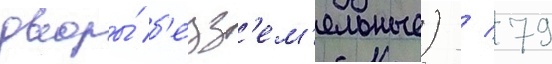
дворы́ б'езз'ем'ельные) / 79